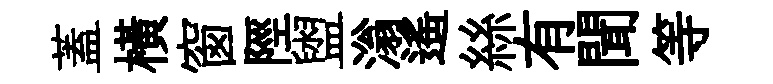
蓋橫窗陘盥滃遙絲有聞等